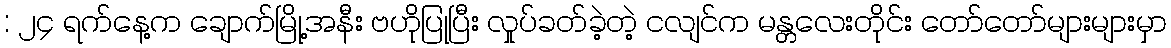
: ၂၄ ရက်နေ့က ချောက်မြို့အနီး ဗဟိုပြုပြီး လှုပ်ခတ်ခဲ့တဲ့ ငလျင်က မန္တလေးတိုင်း တော်တော်များများမှာ